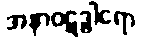
အနာဝဋဒွါရော